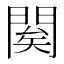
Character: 𨴱